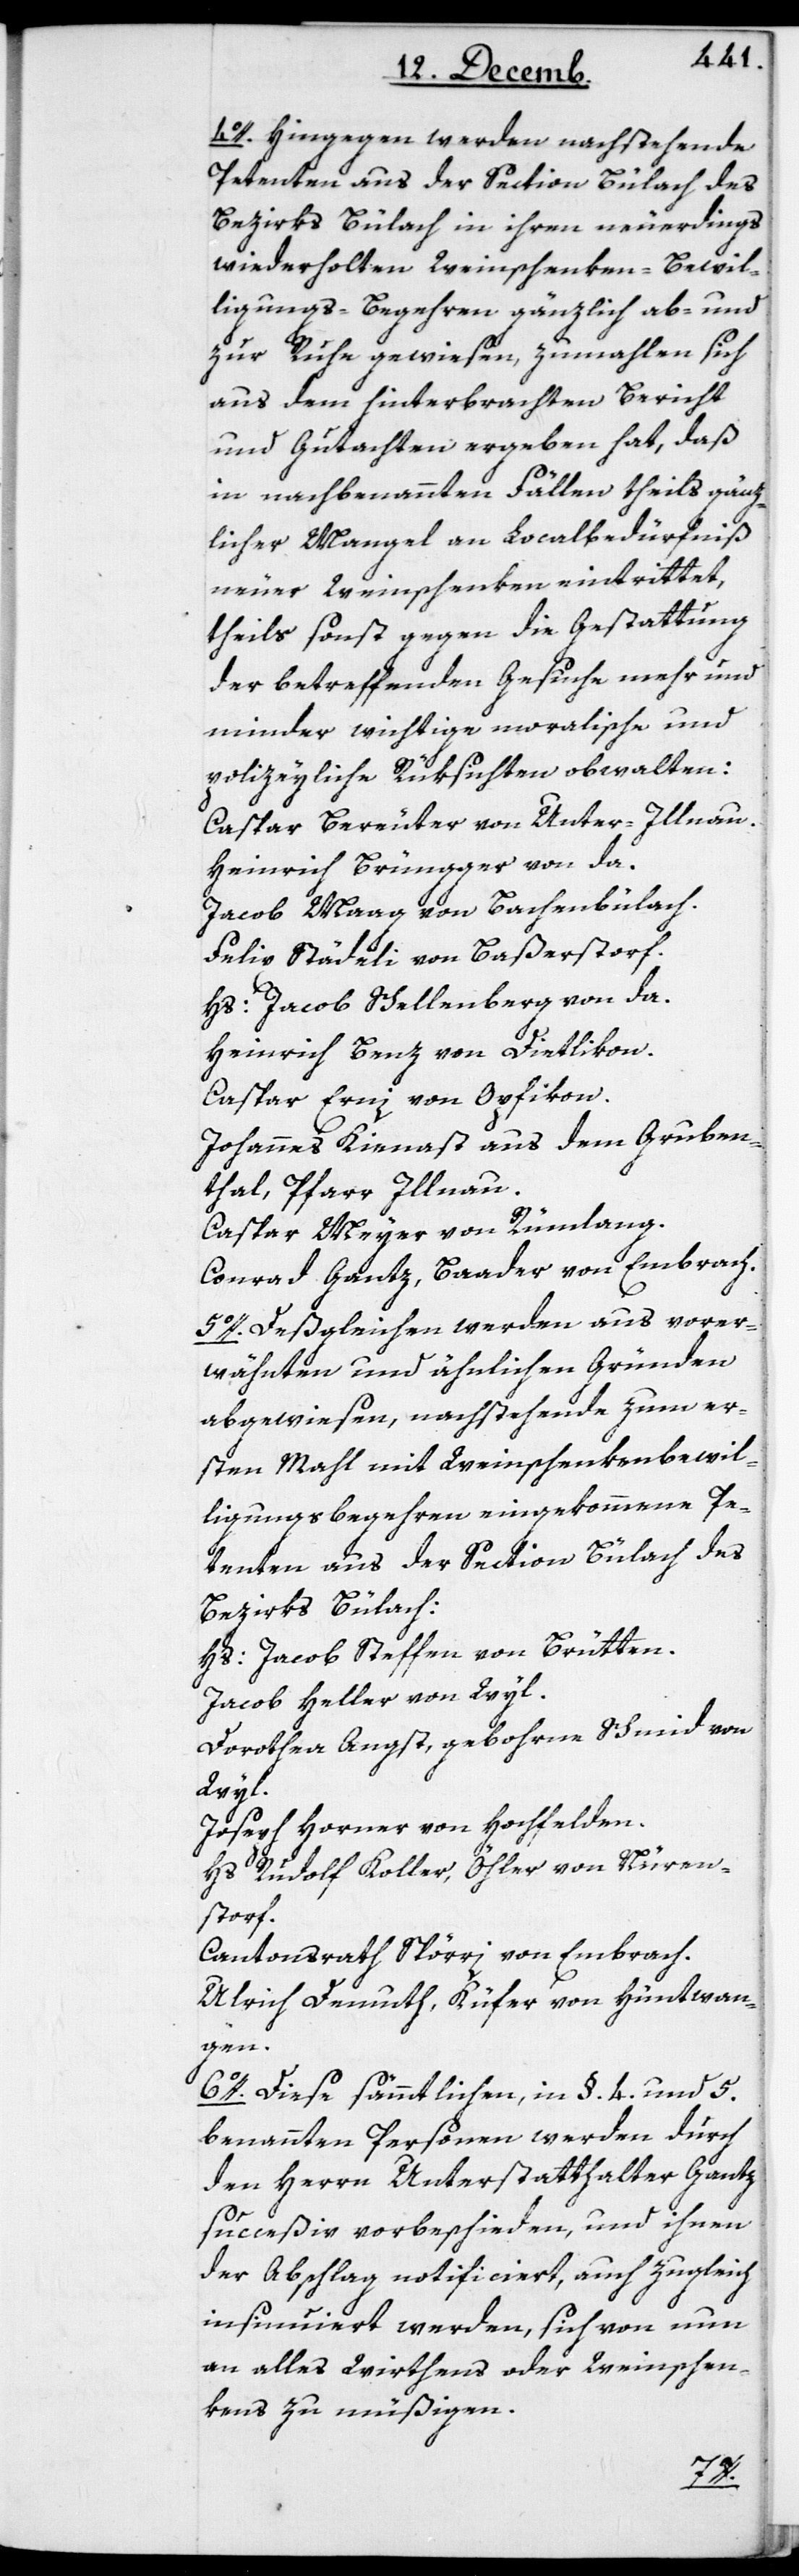
4o. Hingegen werden nachstehende
Petenten aus der Section Bülach des
Bezirks Bülach in ihren neuerdings
wiederholten Weinschenken-Bewil¬
ligungs-Begehren gänzlich ab- und
zur Ruhe gewiesen, zumahlen sich
aus dem hinterbrachten Bericht
und Gutachten ergeben hat, daß
in nachbenannten Fällen theils gänz¬
licher Mangel an Localbedürfniß
neuer Weinschenken eintrittet,
theils sonst gegen die Gestattung
der betreffenden Gesuche mehr und
minder wichtige moralische und
polizeyliche Rüksichten obwalten:
Caspar Bereuter von Unter-Illnau.
Heinrich Brüngger von da.
Jacob Maag von Bachenbülach.
Felix Städeli von Basserstorf.
Hs. Jacob Schellenberg von da.
Heinrich Benz von Dietlikon.
Caspar Erni von Opfikon.
Johannes Kienast aus dem Gruben¬
thal, Pfarr Illnau.
Caspar Meyer von Rümlang.
Conrad Gantz, Baader von Embrach.
5o. Deßgleichen werden aus vorer¬
wähnten und ähnlichen Gründen
abgewiesen, nachstehende zum er¬
sten Mahl mit Weinschenkenbewil¬
ligungsbegehren eingekommene Pe¬
tenten aus der Section Bülach:
Bezirks Bülach:
Hs. Jacob Steffen von Brütten.
Jacob Heller von Wyl.
Dorothea Angst, gebohrne Schmid von
Wyl.
Joseph Horner von Hochfelden.
Hs Rudolf Koller, Öhler von Nüren¬
storf.
Cantonsrath Spörri von Embrach.
Ulrich Demuth, Küfer von Hüntwan¬
gen.
6o. Diese sämmtlichen, in §. 4. und 5.
benannten Personen werden durch
den Herrn Unterstatthalter Gantz
succeßiv vorbeschieden, und ihnen
der Abschlag notificiert, auch zugleich
insinuiert werden, sich von nun
an alles Wirthens oder Weinschen¬
kens zu müßigen.